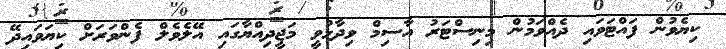
ކިޔެވުން ފައްޓަވައި ދެއްވަމުން މިނިސްޓަރު އާސިމް ވިދާޅުވީ މަޖީދިއްޔާގައި އޭލެވެލް ފެންވަރަށް ކިޔަވައިދޭ